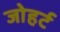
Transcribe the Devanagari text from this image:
जोहर्ट